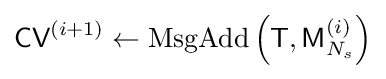
{\textsf {CV}}^{(i+1)}\leftarrow {\textrm {MsgAdd}}\left({\textsf {T}},{\textsf {M}}_{N_{s}}^{(i)}\right)